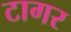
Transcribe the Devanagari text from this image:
टागर